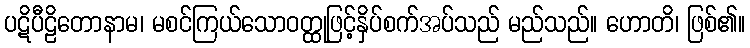
ပဋိပီဠိတောနာမ၊ မစင်ကြယ်သောဝတ္ထုဖြင့်နှိပ်စက်အပ်သည် မည်သည်။ ဟောတိ၊ ဖြစ်၏။